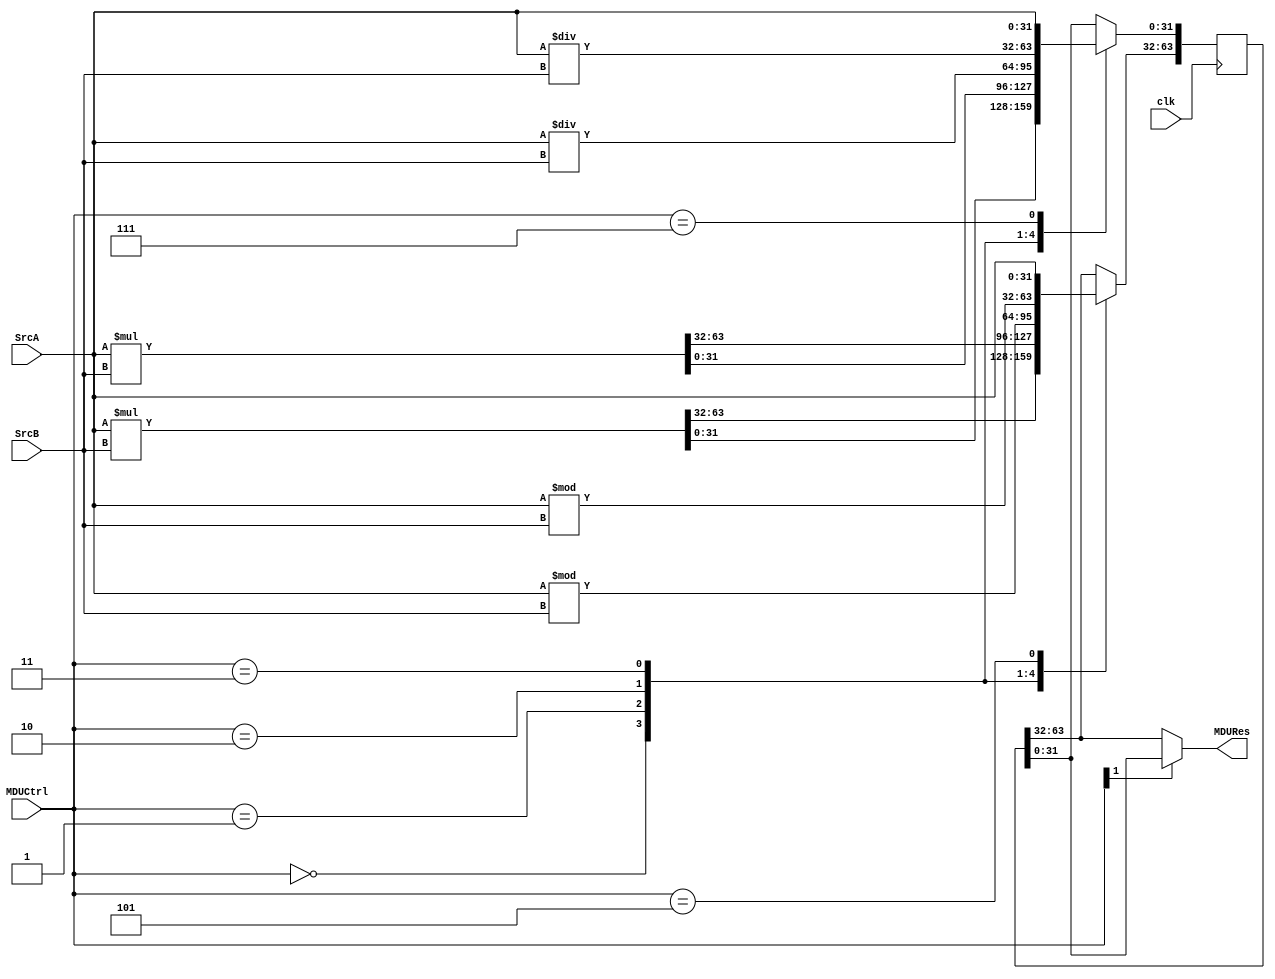
`timescale 1ns / 1ps
//////////////////////////////////////////////////////////////////////////////////
// Company: 
// Engineer: 
// 
// Design Name: 
// Module Name: mdu
// Project Name: 
// Target Devices: 
// Tool Versions: 
// Description: 
// 
// Dependencies: 
// 
// Revision:
// Revision 0.01 - File Created
// Additional Comments:
// 
//////////////////////////////////////////////////////////////////////////////////


module mdu(
    input clk,
    input [2:0] MDUCtrl,
    input [31:0] SrcA,
    input [31:0] SrcB,
    output [31:0] MDURes
    );
    wire signed [31:0] SrcASgn,SrcBSgn;
    reg [63:0] Result;
    assign SrcASgn=SrcA;
    assign SrcBSgn=SrcB;
    always @(posedge clk)
        case(MDUCtrl)
            3'b000:Result<=SrcASgn*SrcBSgn;//mult
            3'b001:Result<=SrcA*SrcB;//multu
            3'b010:begin
                Result[31:0]<=SrcASgn/SrcBSgn;//div
                Result[63:32]<=SrcASgn%SrcBSgn;
            end
            3'b011:begin
                Result[31:0]<=SrcA/SrcB;//divu
                Result[63:32]<=SrcA%SrcB;
            end
            // 3'b100:MDURes=Result[63:32];//mfhi
            3'b101:Result[63:32]<=SrcA;//mthi
            // 3'b110:MDURes=Result[31:0];//mflo
            3'b111:Result[31:0]<=SrcA;//mtlo
        endcase
    assign MDURes=MDUCtrl[1]?Result[31:0]:Result[63:32];
endmodule